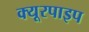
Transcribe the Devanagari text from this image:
क्‍यूरपाइप